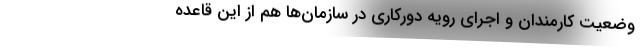
وضعیت کارمندان و اجرای رویه دورکاری در سازمان‌ها هم از این قاعده